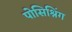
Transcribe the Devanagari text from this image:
पोसिश्निंग